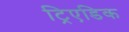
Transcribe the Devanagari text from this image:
ट्रिएडिक